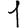
Digit: 1